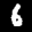
Label: 6